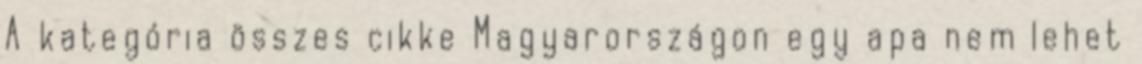
A kategória összes cikke Magyarországon egy apa nem lehet